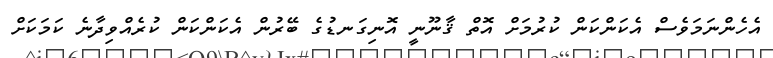
އެހެންނަމަވެސް އެކަންކަން ކުރުމަށް އޮތް ޤާނޫނީ އޮނިގަނޑުގެ ބޭރުން އެކަންކަން ކުރެއްވިދާނެ ކަމަކަށް